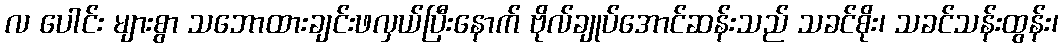
လ ပေါင်း များစွာ သဘောထားချင်းဖလှယ်ပြီးနောက် ဗိုလ်ချုပ်အောင်ဆန်းသည် သခင်စိုး၊ သခင်သန်းထွန်း၊